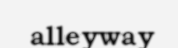
alleyway